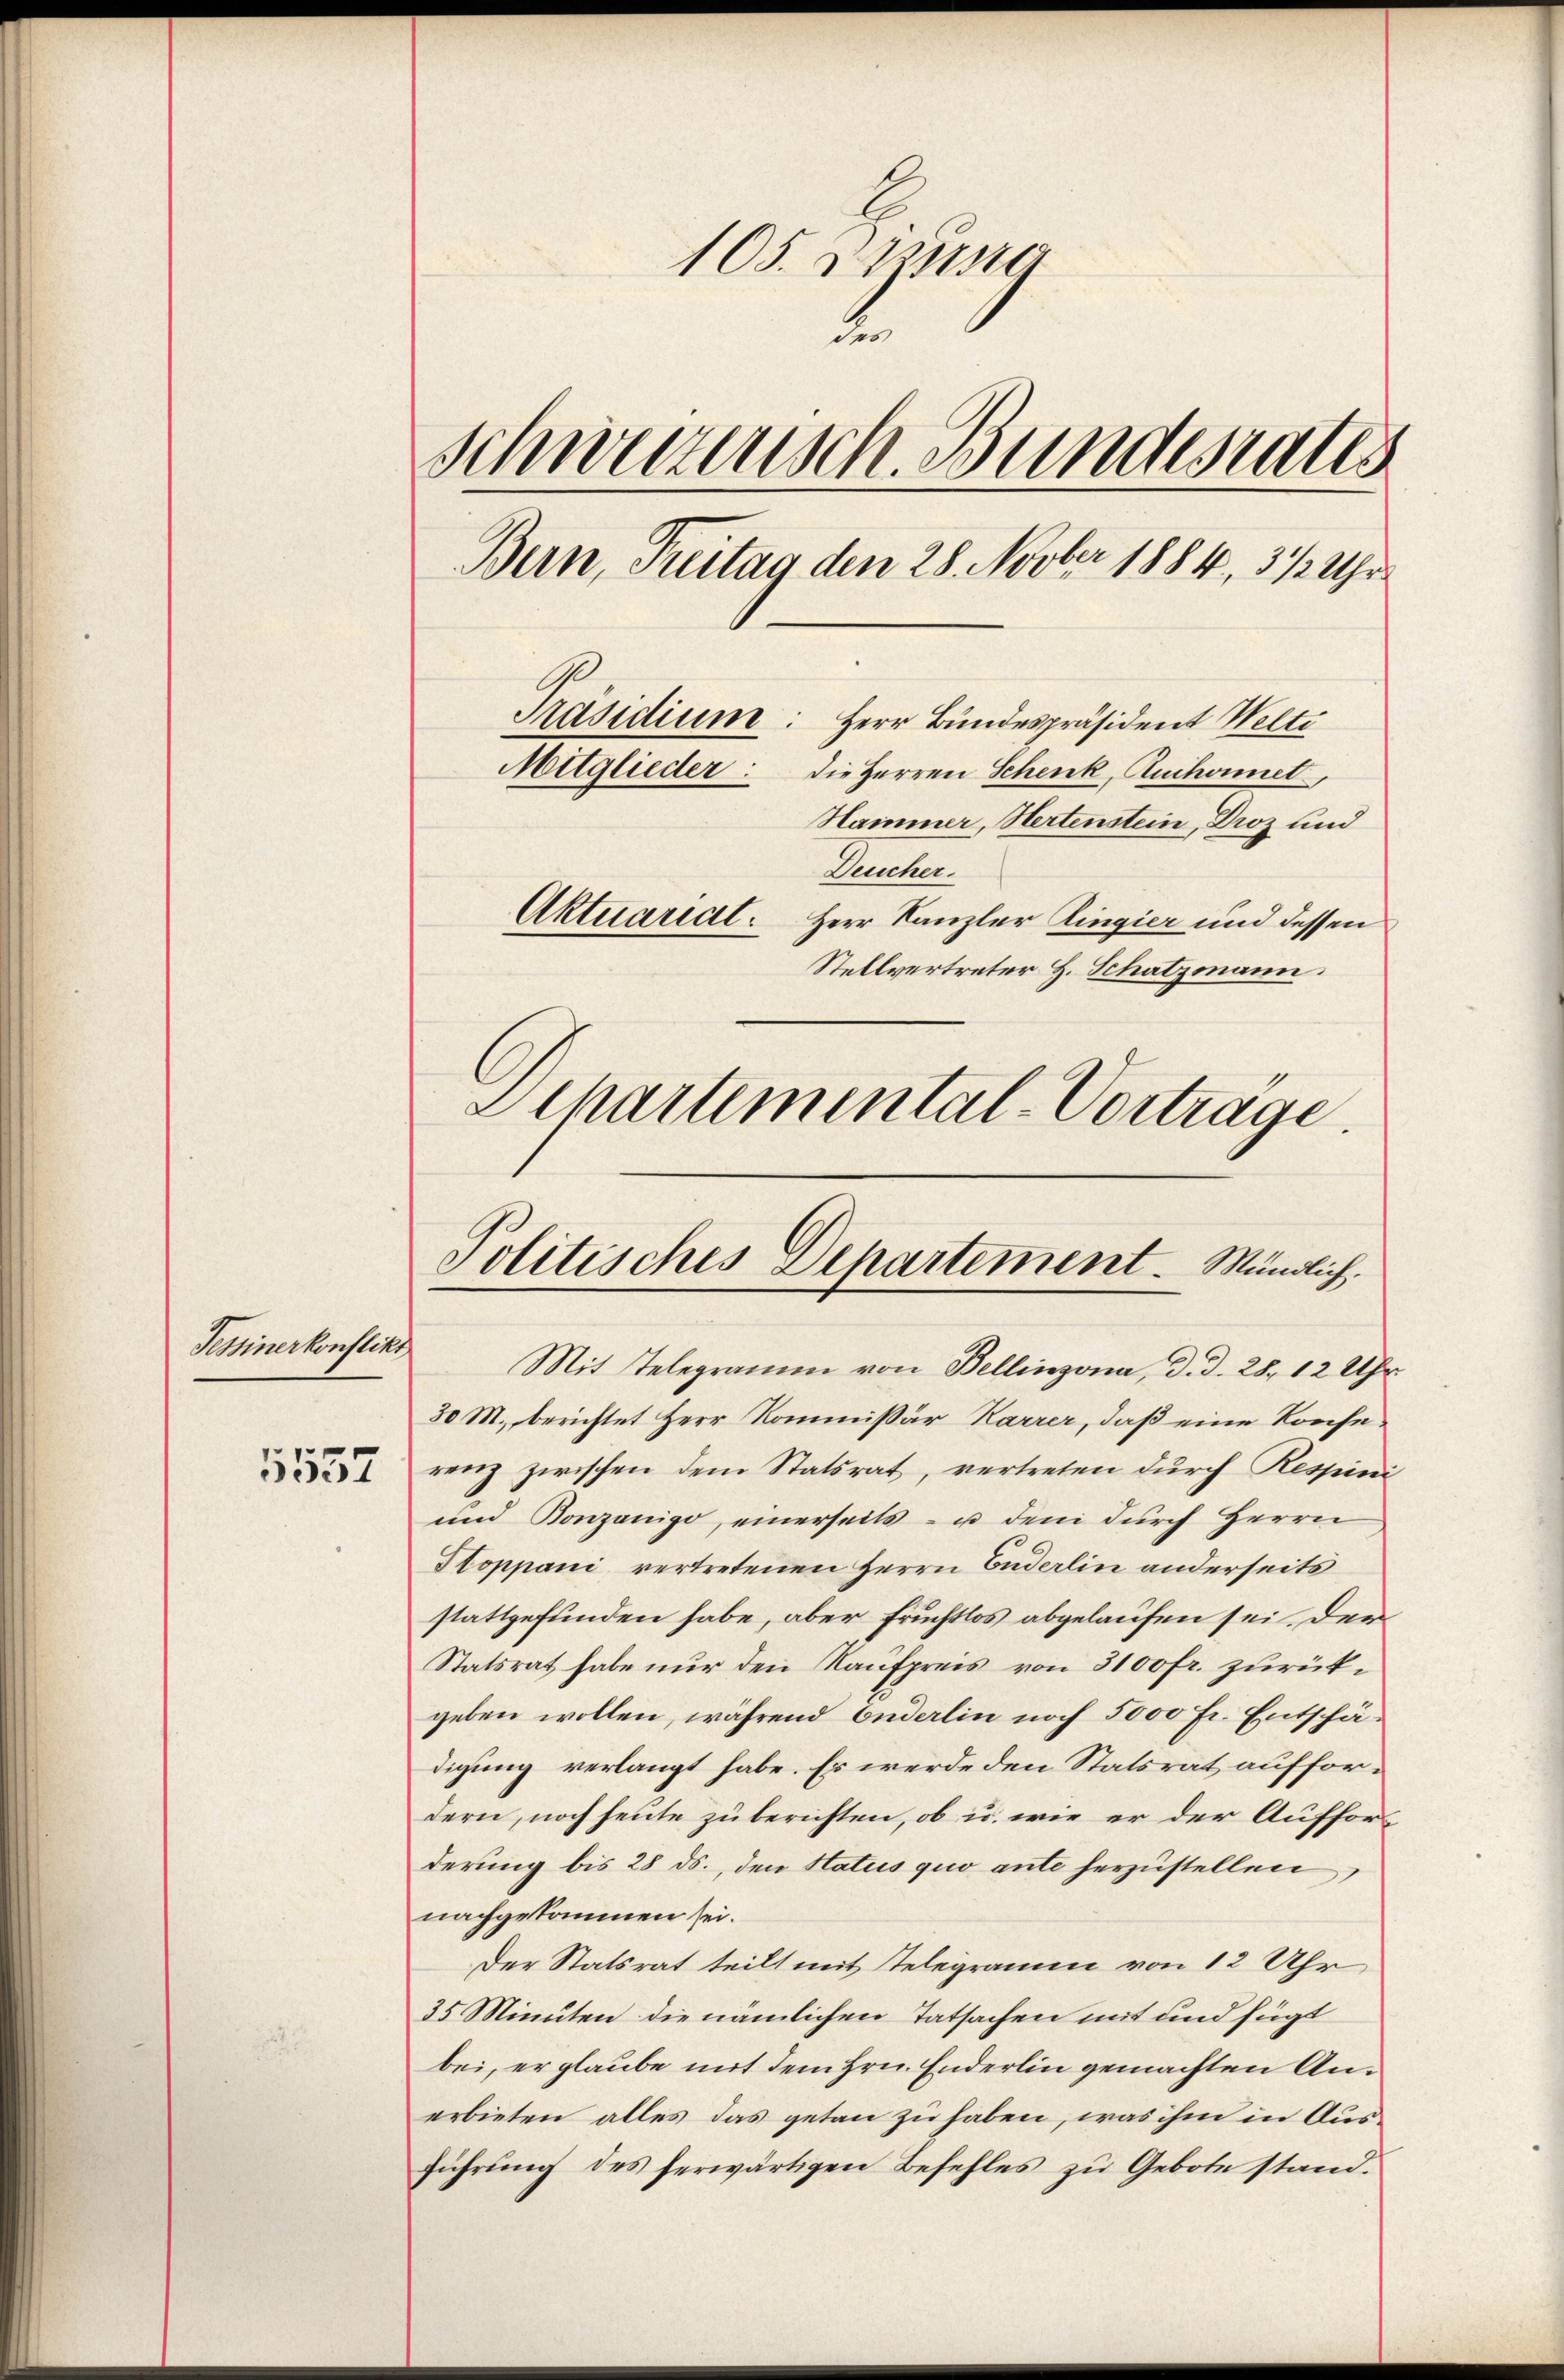
Tessinerkonflikt
5557

105. 21st
2
schwerzensch. Bundesrates
Bern, Treitag den 28. Novber 1884, 3 1/2 Uhr
Präsidium: Herr Bundespräsident Welti
Mitglieder.
die Herren Schenk, Auchonnet,
Hammer, Hertenstein, Droz und
Deucher.
Aktuariat. Herr Kanzler Zingier und dessen
Stellvertreter H. Schatzmann.
Schartemental-Vortrage.

Politisches Departement. Mündlich.

Mit Telegramm von Bellinzona, d. d. 28. 12 Uhr
30 M. berichtet Herr Kommissär Karrer, daß eine Konserenz zwischen dem Statsrat, vertreten durch Respini
und Bonzanigo, einerseits - u. dem durch Herrn
Stoppani vertretenen Herrn Enderlin anderseits
stattgefunden habe, aber Fruchtlos abgelaufen sei. Der
Statsrat habe nur den Kaufpreis von 3100 fr. zurückgeben wollen, während Enderlin noch 5000 Fr. Entschädigung verlangt habe. Er werde den Statsrat auffordern, noch heute zu berichten, ob u. wie er der Aufforderung bis 28 ds., den Status quo ante herzustellen
nachgekommen sei.
Der Statsrat teilt mit Telegramm von 12 Uhr
35 Minuten die nämlichen Tatsachen mit und fügt
bei, er glaube mit dem Hrn. Enderlin gemachten Anerbieten alles das getan zu haben, was ihm in Ausführŭng des herwärtigen Befehles zŭ Gebote stand.